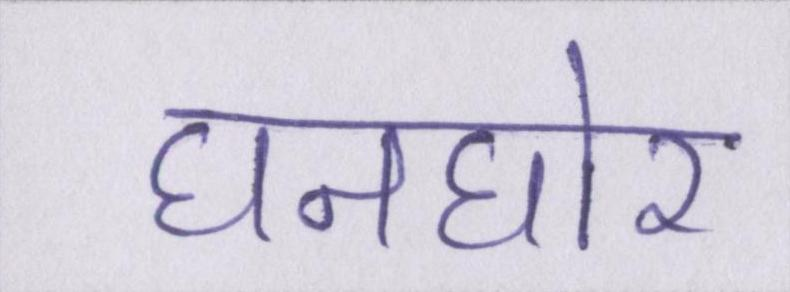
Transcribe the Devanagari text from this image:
घनघोर